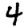
Digit: 4